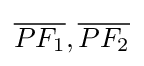
{\overline {PF_{1}}},{\overline {PF_{2}}}